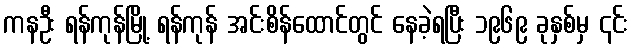
ကနဦး ရန်ကုန်မြို့ ရန်ကုန် အင်းစိန်ထောင်တွင် နေခဲ့ရပြီး ၁၉၆၉ ခုနှစ်မှ ၎င်း